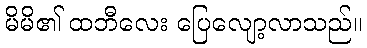
မိမိ၏ ထဘီလေး ပြေလျော့လာသည်။